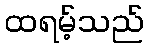
ထရမ့်သည်